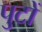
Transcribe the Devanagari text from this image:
पुटों